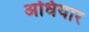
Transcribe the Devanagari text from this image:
अधियार